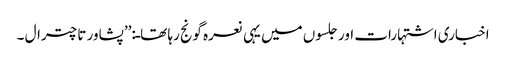
اخباری اشتہارات اور جلسوں میں یہی نعرہ گونج رہا تھاـ:’’پشاور تا چترال ۔